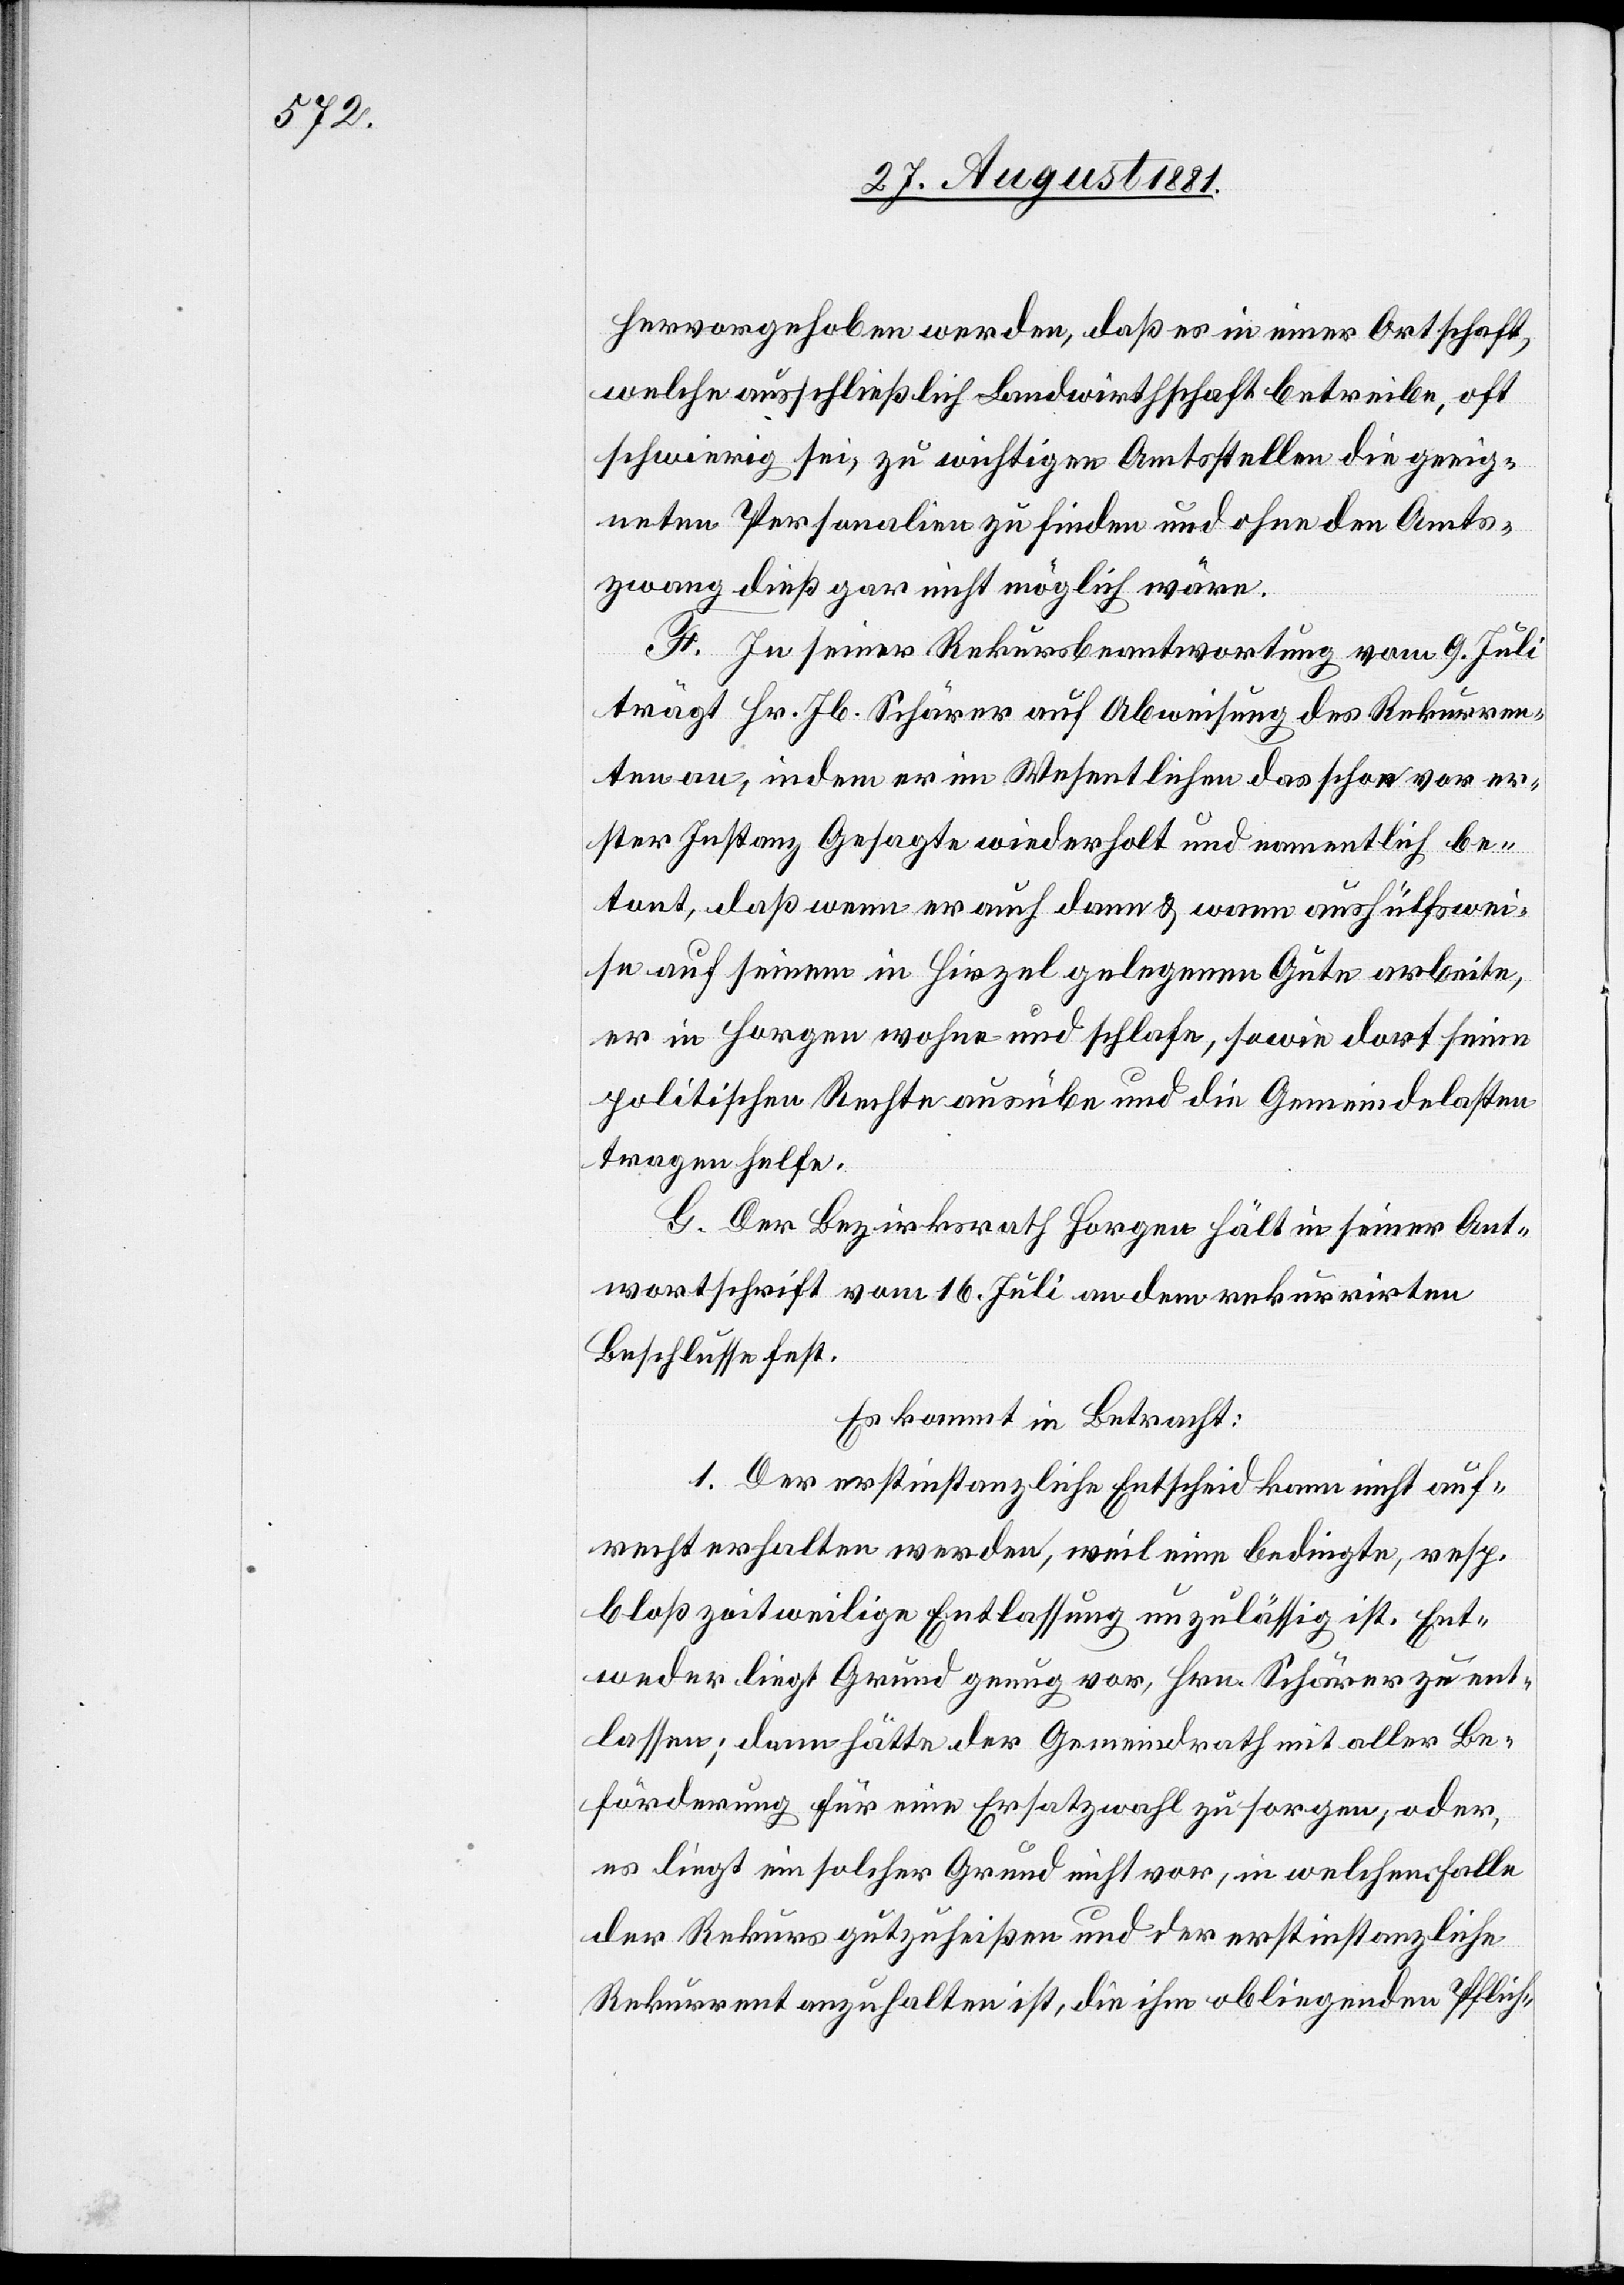
hervorgehoben werden, daß er in einer Ortschaft,
welche ausschließlich Landwirthschaft betreibe, oft
schwierig sei, zu wichtigen Amtsstellen die geeig¬
neten Personalien zu finden und ohne den Amts¬
zwang dieß gar nicht möglich wäre.
F. In seiner Rekursbeantwortung vom 9. Juli
trägt Hr. Jb. Schärer auf Abweisung des Rekurren¬
ten an, indem er im Wesentlichen das schon vor er¬
ster Instanz Gesagte wiederholt und namentlich be¬
tont, daß wenn er auch dann & wann aushülfswei¬
se auf seinem in Hirzel gelegenen Gute arbeite,
er in Horgen wohne und schlafe, sowie dort seine
politischen Rechte ausübe und die Gemeindelasten
tragen helfe.
G. Der Bezirksrath Horgen hält in seiner Ant¬
wortschrift vom 16. Juli an dem rekurrirten
Beschlusse fest.
Es kommt in Betracht:
1. Der erstinstanzliche Entscheid kann nicht auf¬
recht erhalten werden, weil eine bedingte, resp.
bloß zeitweilige Entlassung unzulässig ist. Ent¬
weder liegt Grund genug vor, Hrn. Schärer zu ent¬
lassen; dann hätte der Gemeindrath mit aller Be¬
förderung für eine Ersatzwahl zu sorgen; oder,
es liegt ein solcher Grund nicht vor, in welchem Falle
der Rekurs gutzuheißen und der erstinstanzliche
Rekurrent anzuhalten ist, die ihm obliegenden Pflich-